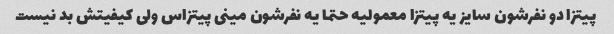
پیتزا دو نفرشون سایز یه پیتزا معمولیه حتما یه نفرشون مینی پیتزاس ولی کیفیتش بد نیست